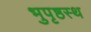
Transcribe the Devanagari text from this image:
भुपृष्ठस्थ